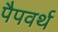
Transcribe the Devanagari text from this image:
पैपवर्थ